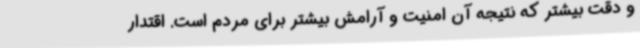
و دقت بیشتر که نتیجه آن امنیت و آرامش بیشتر برای مردم است. اقتدار